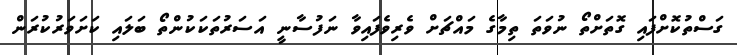
ގަސްތުކޮށްފައި ގޮތަށްތޯ ނުވަތަ ތިމާގެ މައްޗަށް ވެރިވެފައިވާ ނަފުސާނީ އަސަރުތަކަކުންތޯ ބަލައި ކަށަވަރުކުރަން